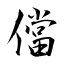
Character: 儅